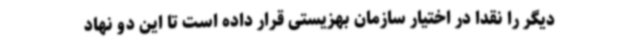
دیگر را نقدا در اختیار سازمان بهزیستی قرار داده است تا این دو نهاد